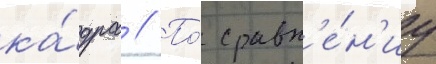
ка́дра // По́ сравн'е́н'иу